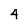
Character: 4